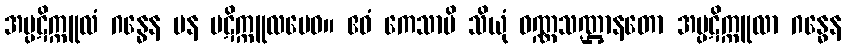
အပ္ပဋိက္ကူလံ ဂန္ဓေန ပန ပဋိက္ကူလမေဝ။ ဧဝံ ကေသာပိ သိယုံ ဝဏ္ဏသဏ္ဌာနတော အပ္ပဋိက္ကူလာ ဂန္ဓေန